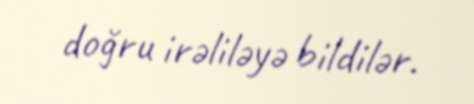
doğru irəliləyə bildilər.